Civil Veterinary Dept. Assam report 1927-50 - 1927-1950
Year: 1927
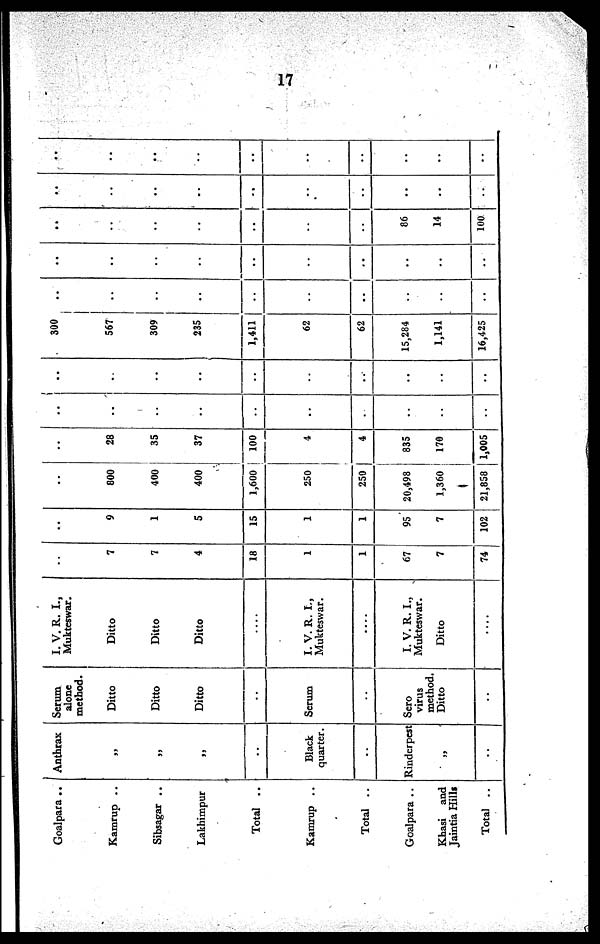
17
Goalpara ..
Kamrup ..
Sibsagar ..
Lakhimpur
Total ..
Kamrup ..
Total ..
Goalpara ..
Khasi and
Jaintia Hills
Total ..
Anthrax
„
„
„
..
Black
quarter.
..
Rinderpest
..
Serum
alone
method.
Ditto
Ditto
Ditto
..
Serum
..
Sero
virus
method.
Ditto
..
I. V. R. I.,
Mukteswar.
Ditto
Ditto
Ditto
....
I. V. R. I.,
Mukteswar.
....
I. V. R. I.,
Mukteswar.
Ditto
....
..
7
7
4
18
1
1
67
7
74
..
9
1
5
15
1
1
95
7
102
..
800
400
400
1,600
250
250
20,498
1,360
21,858
..
28
35
37
100
4
4
835
170
1,005
..
..
..
..
..
..
..
..
..
..
..
..
..
..
..
..
..
..
..
..
300
567
309
235
1,411
62
62
15,284
1,141
16,425
..
..
..
..
..
..
..
..
..
..
..
..
..
..
..
..
..
..
..
..
..
..
..
..
..
..
..
86
14
100
..
..
..
..
..
..
..
..
..
..
..
..
..
..
..
..
..
..
..
..